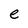
Character: e